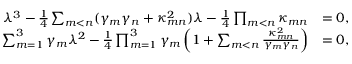
\begin{array} { r l } { \lambda ^ { 3 } - \frac { 1 } { 4 } \sum _ { m < n } ( \gamma _ { m } \gamma _ { n } + \kappa _ { m n } ^ { 2 } ) \lambda - \frac { 1 } { 4 } \prod _ { m < n } \kappa _ { m n } } & { = 0 , } \\ { \sum _ { m = 1 } ^ { 3 } \gamma _ { m } \lambda ^ { 2 } - \frac { 1 } { 4 } \prod _ { m = 1 } ^ { 3 } \gamma _ { m } \left( 1 + \sum _ { m < n } \frac { \kappa _ { m n } ^ { 2 } } { \gamma _ { m } \gamma _ { n } } \right) } & { = 0 , } \end{array}